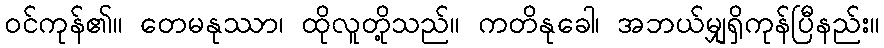
ဝင်ကုန်၏။ တေမနုဿာ၊ ထိုလူတို့သည်။ ကတိနုခေါ၊ အဘယ်မျှရှိကုန်ပြီနည်း။